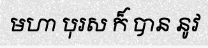
មហា បុរស ក៏ បាន នូវ